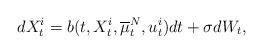
LaTeX: \begin{align*}dX_t^i&= b(t,X_t^i,\overline \mu_t^N,u_t^i)dt+\sigma dW_t,\end{align*}